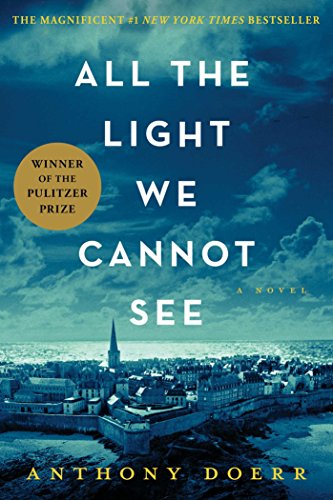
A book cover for All the Light We Cannot See; Anthony Doerr; Literature & Fiction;